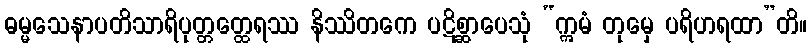
ဓမ္မသေနာပတိသာရိပုတ္တတ္ထေရဿ နိဿိတကေ ပဋိစ္ဆာပေသုံ “ဣမံ တုမှေ ပရိဟရထာ”တိ။